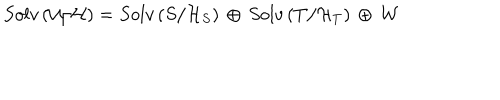
S o l v \left( { \cal U } / { \cal H } \right) = S o l v \left( { S } / { \cal H } _ { S } \right) \, \oplus \, S o l v \left( { T } / { \cal H } _ { T } \right) \, \oplus \, { \cal W }